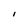
Character: I